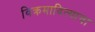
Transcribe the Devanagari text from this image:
विक्रमादित्याचा